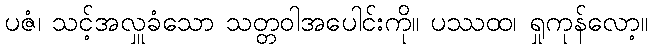
ပဇံ၊ သင့်အလှူခံသော သတ္တဝါအပေါင်းကို။ ပဿထ၊ ရှုကုန်လော့။